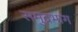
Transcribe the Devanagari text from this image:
समुद्रभाग